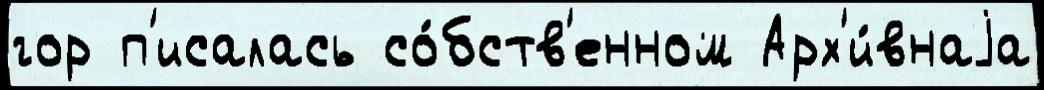
гор п'исалась со́бств'енном Арх'и́внаjа